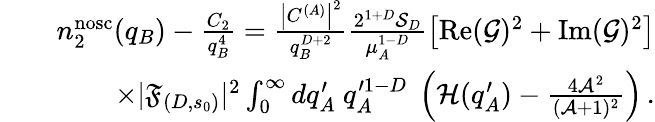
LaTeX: \begin{array}{rlr}&{}&{n_{2}^{\mathrm{nosc}}(q_{B})-\frac{C_{2}}{q_{B}^{4}}=\frac{\left|C^{(A)}\right|^{2}}{q_{B}^{D+2}}\frac{2^{1+D}\mathcal{S}_{D}}{\mu_{A}^{1-D}}\left[\operatorname{Re}(\mathcal{G})^{2}+\operatorname{Im}(\mathcal{G})^{2}\right]}\\ &{}&{\times|\mathfrak{F}_{(D,s_{0})}|^{2}\int_{0}^{\infty}dq_{A}^{\prime}\ q_{A}^{\prime 1-D}\ \left(\mathcal{H}(q_{A}^{\prime})-\frac{4\mathcal{A}^{2}}{(\mathcal{A}+1)^{2}}\right)\, .}\end{array}